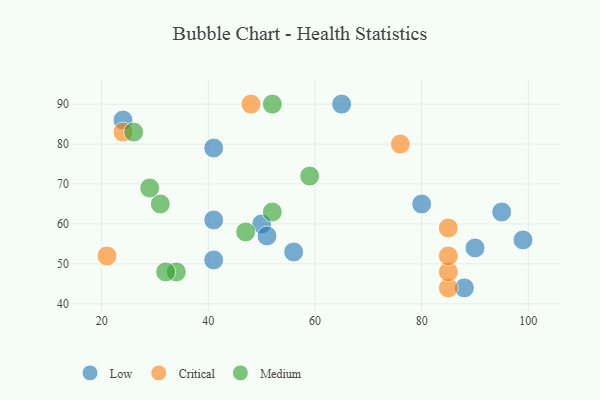
{"axis": {"x": "GDP", "y": "Life Expectancy"}, "legend": ["Critical", "Low", "Medium"], "data": [{"x": "41", "y": 51, "type": "Low"}, {"x": "41", "y": 61, "type": "Low"}, {"x": "50", "y": 60, "type": "Low"}, {"x": "41", "y": 79, "type": "Low"}, {"x": "51", "y": 57, "type": "Low"}, {"x": "56", "y": 53, "type": "Low"}, {"x": "24", "y": 86, "type": "Low"}, {"x": "65", "y": 90, "type": "Low"}, {"x": "99", "y": 56, "type": "Low"}, {"x": "90", "y": 54, "type": "Low"}, {"x": "88", "y": 44, "type": "Low"}, {"x": "95", "y": 63, "type": "Low"}, {"x": "80", "y": 65, "type": "Low"}, {"x": "85", "y": 44, "type": "Critical"}, {"x": "85", "y": 48, "type": "Critical"}, {"x": "24", "y": 83, "type": "Critical"}, {"x": "85", "y": 59, "type": "Critical"}, {"x": "76", "y": 80, "type": "Critical"}, {"x": "48", "y": 90, "type": "Critical"}, {"x": "21", "y": 52, "type": "Critical"}, {"x": "85", "y": 52, "type": "Critical"}, {"x": "52", "y": 63, "type": "Medium"}, {"x": "31", "y": 65, "type": "Medium"}, {"x": "34", "y": 48, "type": "Medium"}, {"x": "26", "y": 83, "type": "Medium"}, {"x": "32", "y": 48, "type": "Medium"}, {"x": "29", "y": 69, "type": "Medium"}, {"x": "59", "y": 72, "type": "Medium"}, {"x": "52", "y": 90, "type": "Medium"}, {"x": "47", "y": 58, "type": "Medium"}]}